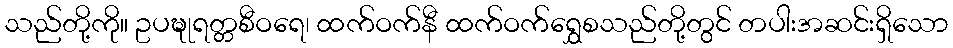
သည်တို့ကို။ ဥပဍ္ဎုရတ္တစီဝရေ၊ ထက်ဝက်နီ ထက်ဝက်ရွှေစသည်တို့တွင် တပါးအဆင်းရှိသော